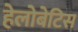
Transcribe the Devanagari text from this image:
हेलोबेटिस